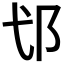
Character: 𮟪